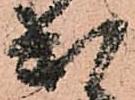
出